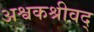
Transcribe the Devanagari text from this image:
अश्वकश्रीवद्‌